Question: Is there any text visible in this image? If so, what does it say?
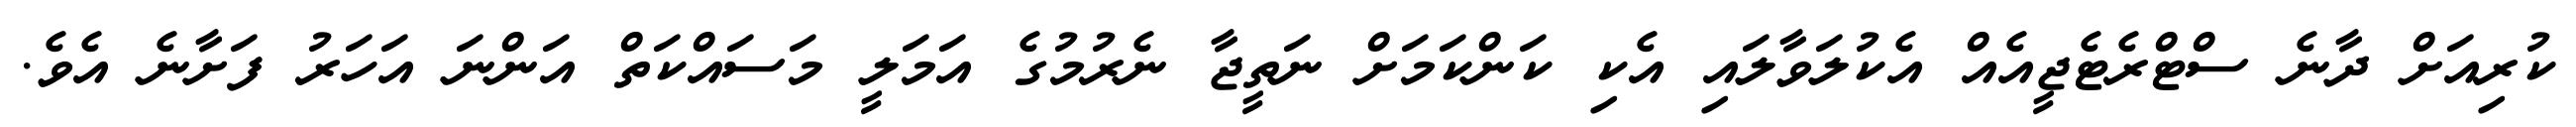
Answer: ކުރިއަށް ދާނެ ސްޓްރެޓެޖީއެއް އެކުލަވާލައި އެކި ކަންކަމަށް ނަތީޖާ ނެރުމުގެ އަމަލީ މަސައްކަތް އަންނަ އަހަރު ފަށާނެ އެވެ.